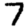
Digit: 7